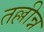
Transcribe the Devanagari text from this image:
तल्लीन्न